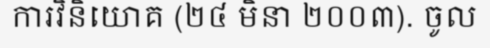
ការវិនិយោគ (២៤ មិនា ២០០៣). ចូល